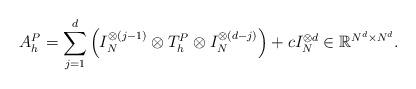
LaTeX: \begin{align*}A_h^P = \sum_{j=1}^d \left(I_N^{\otimes(j-1)} \otimes T_h^P \otimes I_N^{\otimes(d-j)}\right)+ c I_N^{\otimes d} \in \mathbb{R}^{N^d\times N^d}.\end{align*}